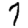
Digit: 7